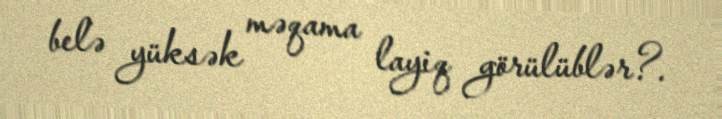
belə yüksək məqama layiq görülüblər?.